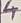
Text: 4